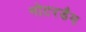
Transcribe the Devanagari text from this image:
नोटरडैम